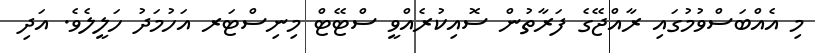
މި އެއްބަސްވުމުގައި ރާއްޖޭގެ ފަރާތުން ސޮއިކުރެއްވީ ސްޓޭޓް މިނިިސްޓަރ އަހުމަދު ހަލީލެވެ. އަދި